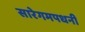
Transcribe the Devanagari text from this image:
सारेगमपधनी